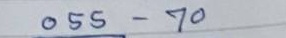
055 - 70